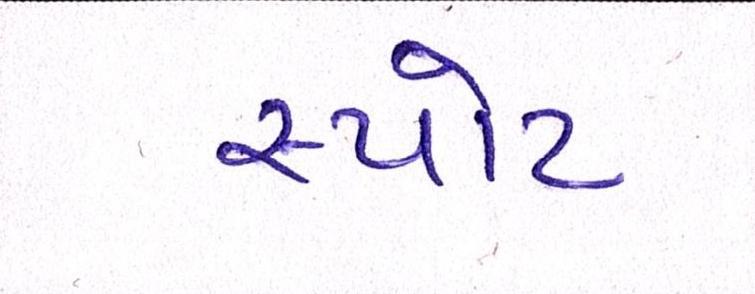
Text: સ્પોટ